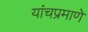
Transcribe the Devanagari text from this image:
यांचप्रमाणे